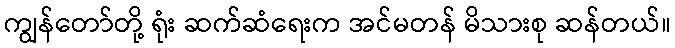
ကျွန်တော်တို့ ရုံး ဆက်ဆံရေးက အင်မတန် မိသားစု ဆန်တယ်။